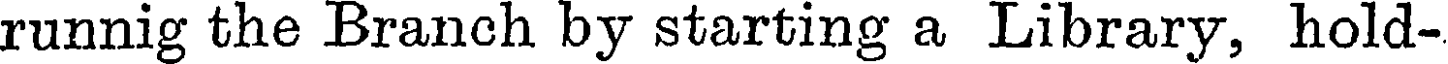
runnig the Branch by starting a Library, hold-